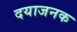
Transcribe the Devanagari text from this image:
दयाजनक